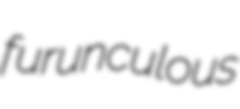
furunculous